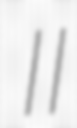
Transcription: II